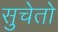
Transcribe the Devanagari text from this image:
सुचेतो